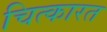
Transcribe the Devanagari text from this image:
चित्कारत